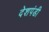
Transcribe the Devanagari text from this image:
देशपंडी